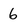
Character: b